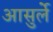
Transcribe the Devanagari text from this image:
आसुर्ले